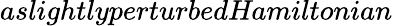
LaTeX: \textit{aslightlyperturbedHamiltonian}